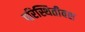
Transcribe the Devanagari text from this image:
परिस्थितीवश